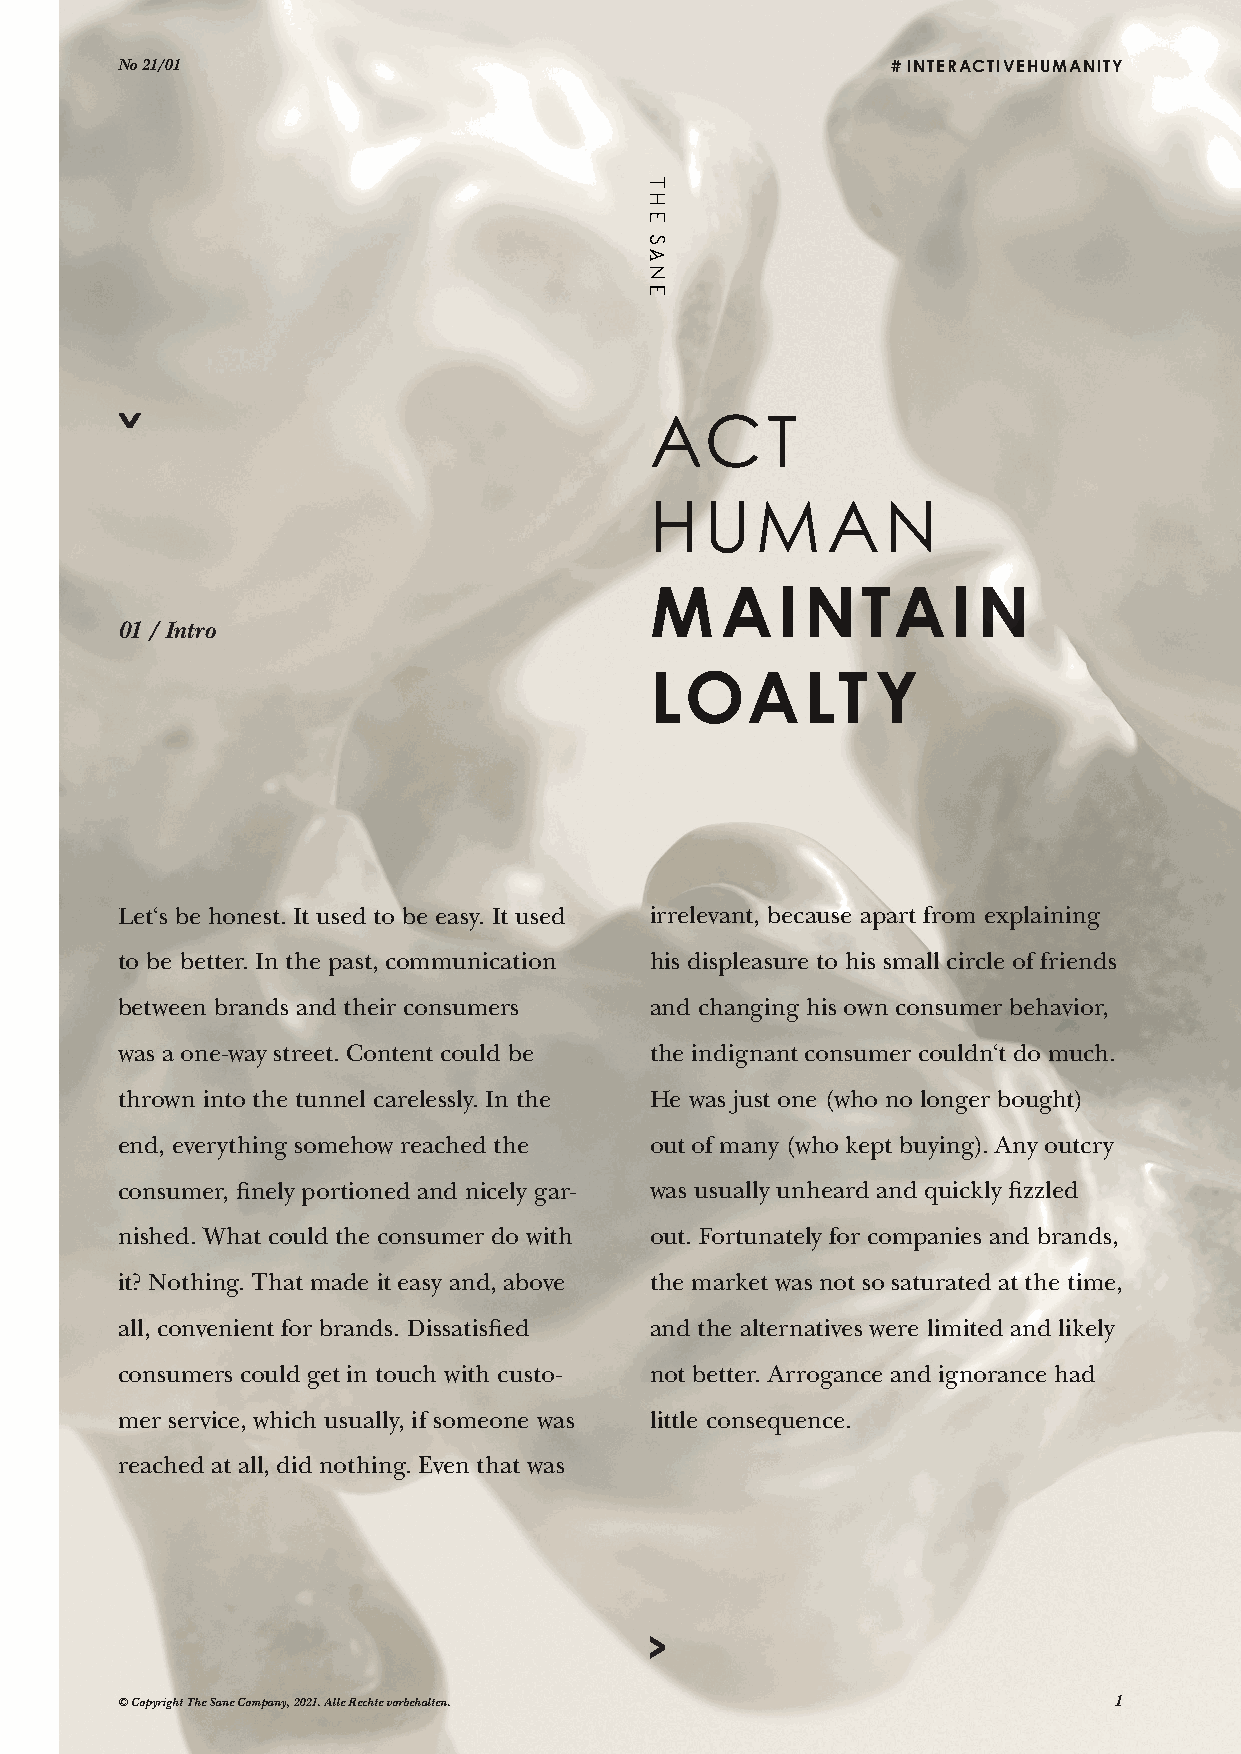
No 21/01                                           # INTERACTIVEHUMANITY
 ACT
 HUM         AN
 M    AINTAIN
 01 / Intro
 LOALT          Y
 Let‘s be honest. It used to be easy. It used irrelevant, because apart from explaining
 to be better. In the past, communication his displeasure to his small circle of friends
 between brands and their consumers and changing his own consumer behavior,
 was a one-way street. Content could be the indignant consumer couldn‘t do much.
 thrown into the tunnel carelessly. In the He was just one (who no longer bought)
 end, everything somehow reached the out of many (who kept buying). Any outcry
 consumer, finely portioned and nicely gar- was usually unheard and quickly fizzled
 nished. What could the consumer do with out. Fortunately for companies and brands,
 it? Nothing. That made it easy and, above the market was not so saturated at the time,
 all, convenient for brands. Dissatisfied and the alternatives were limited and likely
 consumers could get in touch with custo- not better. Arrogance and ignorance had
 mer service, which usually, if someone was little consequence.
 reached at all, did nothing. Even that was
 © Copyright The Sane Company, 2021. Alle Rechte vorbehalten.      1